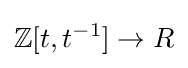
\mathbb {Z} [t,t^{-1}]\to R